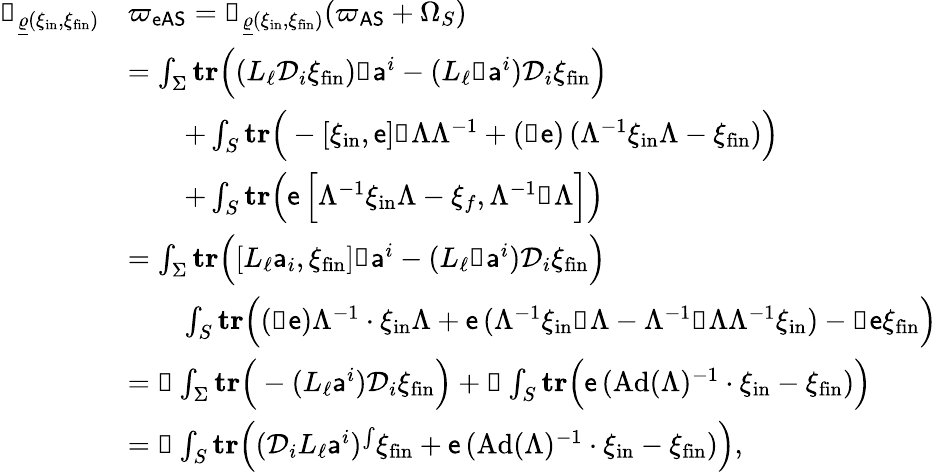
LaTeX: \begin{array}{rl}{\mathbb{i}_{\underline{{\varrho}}(\xi_{\mathrm{in}},\xi_{\mathrm{fin}})}}&{{\varpi_{\mathsf{eAS}}}=\mathbb{i}_{\underline{{\varrho}}(\xi_{\mathrm{in}},\xi_{\mathrm{fin}})}({\varpi_{\mathsf{AS}}}+\Omega_{S})}\\ &{=\int_{\Sigma}\mathbf{tr}\Big((L_{\ell}{\mathcal{D}}_{i}\xi_{\mathrm{fin}})\mathbb{d}{\mathsf{a}}^{i}-(L_{\ell}\mathbb{d}{\mathsf{a}}^{i}){\mathcal{D}}_{i}\xi_{\mathrm{fin}}\Big)}\\ &{\qquad+\int_{S}\mathbf{tr}\Big(-[\xi_{\mathrm{in}},{\mathsf{e}}]\mathbb{d}\Lambda\Lambda^{-1}+(\mathbb{d}{\mathsf{e}})\, (\Lambda^{-1}\xi_{\mathrm{in}}\Lambda-\xi_{\mathrm{fin}})\Big)}\\ &{\qquad+\int_{S}\mathbf{tr}\Big({\mathsf{e}}\, \Big[\Lambda^{-1}\xi_{\mathrm{in}}\Lambda-\xi_{f},\Lambda^{-1}\mathbb{d}\Lambda\Big]\Big)}\\ &{=\int_{\Sigma}\mathbf{tr}\Big([L_{\ell}{\mathsf{a}}_{i},\xi_{\mathrm{fin}}]\mathbb{d}{\mathsf{a}}^{i}-(L_{\ell}\mathbb{d}{\mathsf{a}}^{i}){\mathcal{D}}_{i}\xi_{\mathrm{fin}}\Big)}\\ &{\qquad\int_{S}\mathbf{tr}\Big((\mathbb{d}{\mathsf{e}})\Lambda^{-1}\cdot\xi_{\mathrm{in}}\Lambda+{\mathsf{e}}\, (\Lambda^{-1}\xi_{\mathrm{in}}\mathbb{d}\Lambda-\Lambda^{-1}\mathbb{d}\Lambda\Lambda^{-1}\xi_{\mathrm{in}})-\mathbb{d}{\mathsf{e}}\xi_{\mathrm{fin}}\Big)}\\ &{=\mathbb{d}\int_{\Sigma}\mathbf{tr}\Big(-(L_{\ell}{\mathsf{a}}^{i}){\mathcal{D}}_{i}\xi_{\mathrm{fin}}\Big)+\mathbb{d}\int_{S}\mathbf{tr}\Big({\mathsf{e}}\, (\mathrm{Ad}(\Lambda)^{-1}\cdot\xi_{\mathrm{in}}-\xi_{\mathrm{fin}})\Big)}\\ &{=\mathbb{d}\int_{S}\mathbf{tr}\Big(({\mathcal{D}}_{i}L_{\ell}{\mathsf{a}}^{i})^{\int}\xi_{\mathrm{fin}}+{\mathsf{e}}\, (\mathrm{Ad}(\Lambda)^{-1}\cdot\xi_{\mathrm{in}}-\xi_{\mathrm{fin}})\Big),}\end{array}